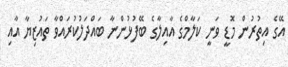
އޭގެ އިތުރުން މޮޑީ ވަނީ ކަލާމްގެ އާއިލާގެ ބޭފުޅުންނާ ބައްދަލުކުރައްވާ ތައުޒިޔާ އާއި